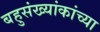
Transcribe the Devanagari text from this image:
बहुसंख्यांकांच्या